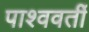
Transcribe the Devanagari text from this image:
पाश्ववर्ती